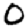
Digit: 0